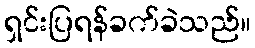
ရှင်းပြရန်ခက်ခဲသည်။